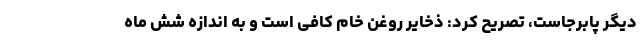
دیگر پابرجاست، تصریح کرد: ذخایر روغن خام کافی است و به اندازه شش ماه